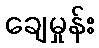
ချေမှုန်း